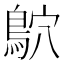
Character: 鴥